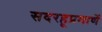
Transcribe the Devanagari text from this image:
सदरहूप्रमाणें